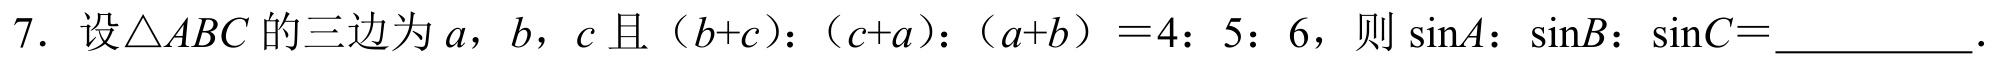
7. 设\(\triangle ABC\)的三边为\(a\)，\(b\)，\(c\)且\((b + c):(c + a):(a + b)=4:5:6\)，则\(\sin A:\sin B:\sin C=\)__________．